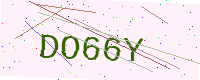
Text: DO66Y